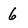
Character: 6